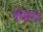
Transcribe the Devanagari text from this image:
कोष्ठमय